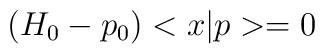
\left( H_0-p_0\right) <x|p>=0